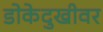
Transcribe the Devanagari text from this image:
डोकेदुखीवर